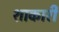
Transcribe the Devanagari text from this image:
शाकारी